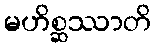
မဟိစ္ဆဿာတိ